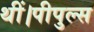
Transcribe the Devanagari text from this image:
थीं।पीपुल्स